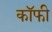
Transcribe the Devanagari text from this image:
कॉॅफी